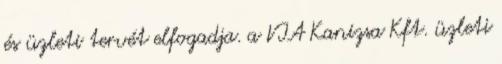
és üzleti tervét elfogadja. a VIA Kanizsa Kft. üzleti